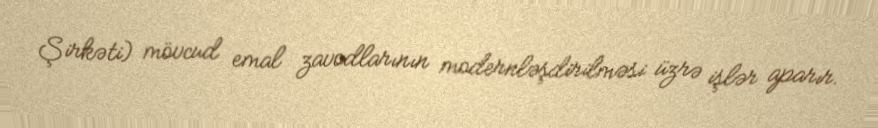
Şirkəti) mövcud emal zavodlarının modernləşdirilməsi üzrə işlər aparır.